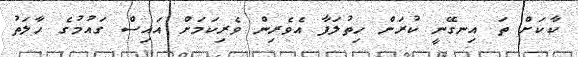
ކާކަށް ތަ އިނގޭނީ ކުރަން ހިތުލަފާ އެވެރިން ވެރިކަމަށް އައިސް ގައުމުގެ ހާލަތު